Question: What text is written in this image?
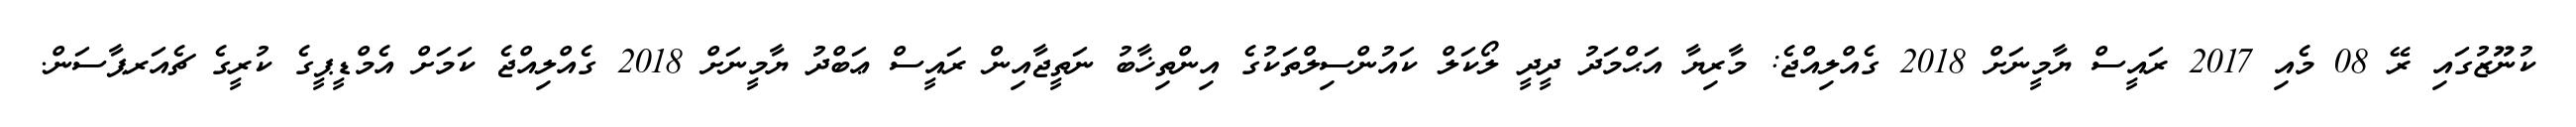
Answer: ކުނޫޒުގައި ރޭ 08 މެއި 2017 ރައީސް ޔާމީނަށް 2018 ގެއްލިއްޖެ: މާރިޔާ އަޙްމަދު ދީދީ ލޯކަލް ކައުންސިލްތަކުގެ އިންތިޚާބު ނަތީޖާއިން ރައީސް ޢަބްދު ޔާމީނަށް 2018 ގެއްލިއްޖެ ކަމަށް އެމްޑީޕީގެ ކުރީގެ ޗެއަރޕާސަން.